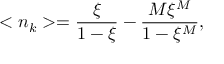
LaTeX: < n _ { k } > = \frac { \xi } { 1 - \xi } - \frac { M \xi ^ { M } } { 1 - \xi ^ { M } } ,